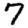
Digit: 7